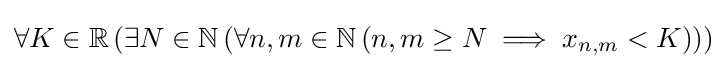
\forall K\in \mathbb {R} \left(\exists N\in \mathbb {N} \left(\forall n,m\in \mathbb {N} \left(n,m\geq N\implies x_{n,m}<K\right)\right)\right)